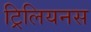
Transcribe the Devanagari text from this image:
ट्रिलियनस